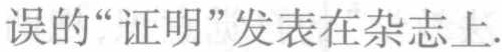
误的“证明”发表在杂志上.